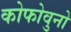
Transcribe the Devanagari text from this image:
कोफोवुनो